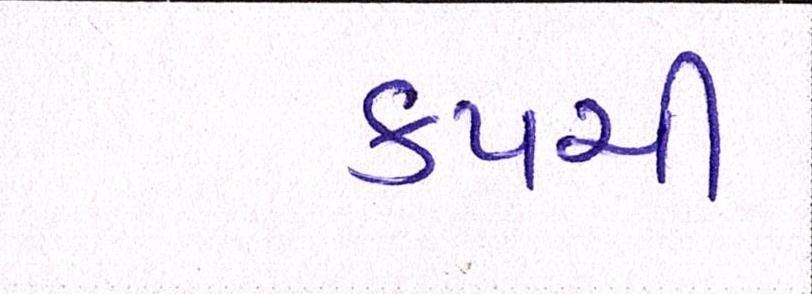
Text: કપચી